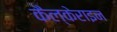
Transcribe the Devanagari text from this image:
कैल्‍केराइन